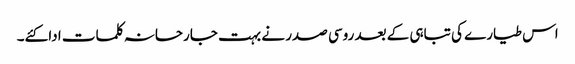
اس طیارے کی تباہی کے بعد روسی صدر نے بہت جارحانہ کلمات ادا کئے۔